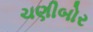
ચણીબોર